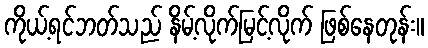
ကိုယ့်ရင်ဘတ်သည် နိမ့်လိုက်မြင့်လိုက် ဖြစ်နေတုန်း။